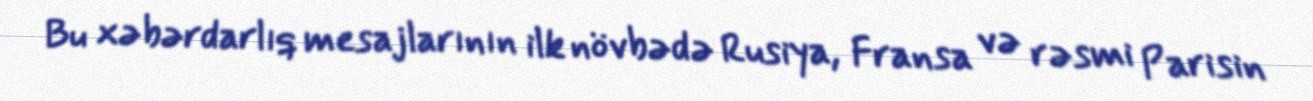
Bu xəbərdarlıq mesajlarının ilk növbədə Rusiya, Fransa və rəsmi Parisin